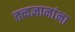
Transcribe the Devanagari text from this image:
तत्त्वज्ञानांना